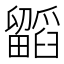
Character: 𭻷